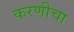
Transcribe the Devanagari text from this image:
करणीचा